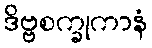
ဒိဗ္ဗစက္ခုကာနံ